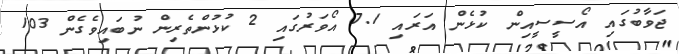
ޖަވާބުގައި އޯސީސީއިން ކުޅެން އަރައި 7.1 އޯވަރުގައި 2 ކުޅުންތެރިން ނުބައިވެގެން 103